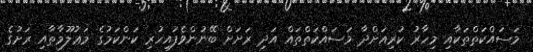
މަސައްކަތްތަކާއި މިހާރު ކުރިއަށްދާ މަސައްކަތްތައް އަދި ރަށަށް ބޭނުންވެފައިހުރި ކަންކަމުގެ މަޢުލޫމާތާއި ރަށުގެ